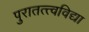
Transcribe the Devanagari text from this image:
पुरातत्त्वविद्या